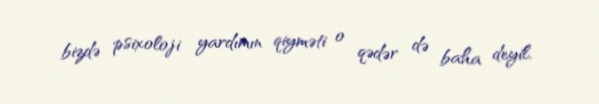
bizdə psixoloji yardımın qiyməti o qədər də baha deyil.